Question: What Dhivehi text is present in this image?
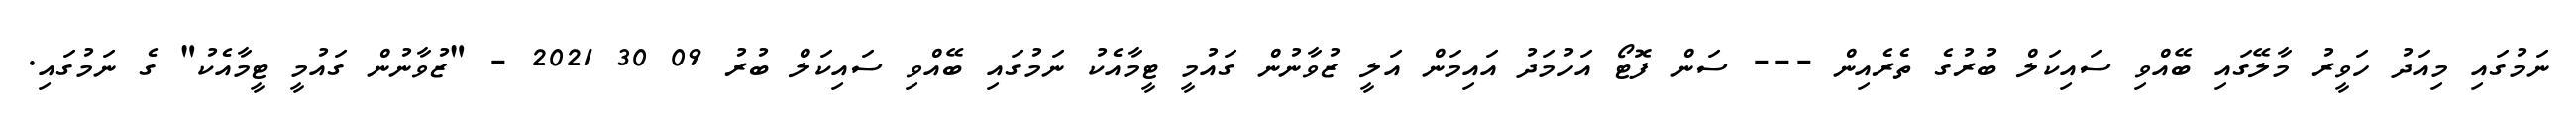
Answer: ނަމުގައި މިއަދު ހަވީރު މާލޭގައި ބޭއްވި ސައިކަލް ބުރުގެ ތެރެއިން --- ސަން ފޮޓޯ އަހުމަދު އައިމަން އަލީ ޒުވާނުން ގައުމީ ޓީމާއެކު ނަމުގައި ބޭއްވި ސައިކަލް ބުރު 09 30 2021 - "ޒުވާނުން ގައުމީ ޓީމާއެކު" ގެ ނަމުގައި.